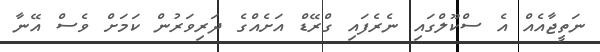
ނަތީޖާއެއް އެ ސްކޫލްގައި ނެރެފައި ގްރޭޑް އަށެއްގެ ދަރިވަރުން ކަމަށް ވެސް އޭނާ